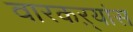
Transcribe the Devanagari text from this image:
वारकऱ्यांस